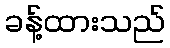
ခန့်ထားသည်